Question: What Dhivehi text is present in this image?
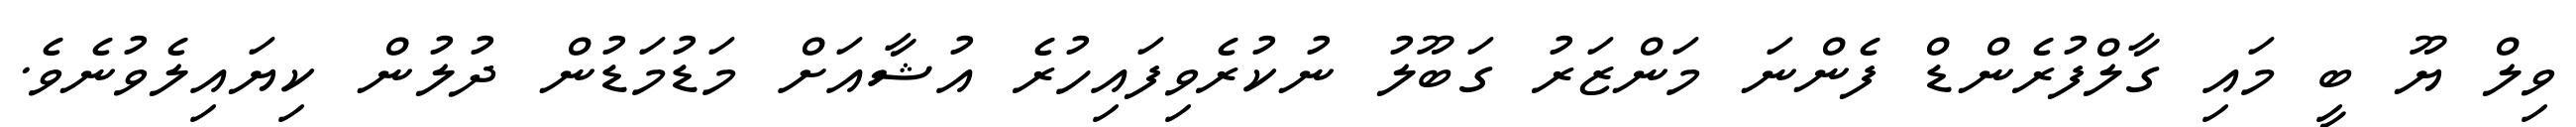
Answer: ވިލް ޔޫ ބީ މައި ގާލްފުރެންޑް ފެންނަ މަންޒަރު ގަބޫލު ނުކުރެވިފައިހުރެ އުޝާއަށް މަޑުމަޑުން ދުލުން ކިޔައިލެވުނެވެ.